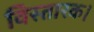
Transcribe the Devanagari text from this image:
विस्तारक।